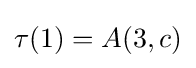
\tau (1)=A(3,c)